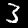
Digit: 3